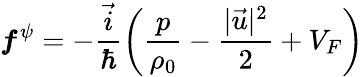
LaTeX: \boldsymbol{f}^{\psi}=-\frac{\vec{i}}{\hbar}\left(\frac{p}{\rho_{0}}-\frac{|\vec{u}|^{2}}{2}+V_{F}\right)